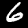
Digit: 6